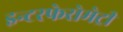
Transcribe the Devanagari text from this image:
इन्टरफेरोमेट्री